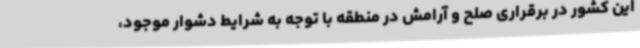
این کشور در برقراری صلح و آرامش در منطقه با توجه به شرایط دشوار موجود،